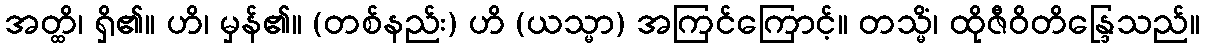
အတ္ထိ၊ ရှိ၏။ ဟိ၊ မှန်၏။ (တစ်နည်း) ဟိ (ယသ္မာ) အကြင်ကြောင့်။ တသ္မိံ၊ ထိုဇီဝိတိန္ဒြေသည်။